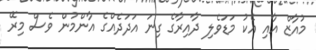
މުއާޒް އާއި އެކު މަޑަވެލި ދާއިރާގެ ގިނަ އަދަދެއްގެ އާންމުން ވެސް މިރޭ